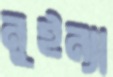
নুইন্যা